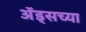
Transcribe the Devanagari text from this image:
अॅड्सच्या